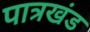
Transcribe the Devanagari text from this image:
पात्रखंड